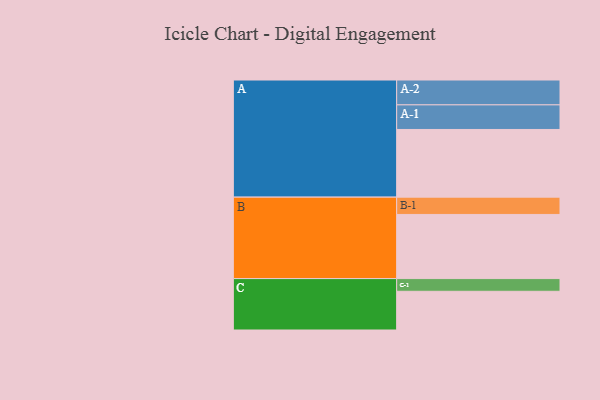
{"axis": {"x": "Segment", "y": "Value"}, "legend": ["", "A", "B", "C"], "data": [{"x": "A", "y": 591, "type": ""}, {"x": "B", "y": 560, "type": ""}, {"x": "C", "y": 338, "type": ""}, {"x": "A-1", "y": 215, "type": "A"}, {"x": "A-2", "y": 217, "type": "A"}, {"x": "B-1", "y": 151, "type": "B"}, {"x": "C-1", "y": 111, "type": "C"}]}